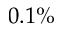
0 . 1 \%